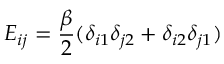
E _ { i j } = \frac { \beta } { 2 } ( \delta _ { i 1 } \delta _ { j 2 } + \delta _ { i 2 } \delta _ { j 1 } )